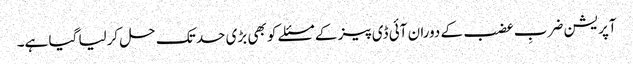
آپریشن ضربِ عضب کے دوران آئی ڈی پیز کے مسئلے کو بھی بڑی حد تک حل کرلیا گیا ہے۔